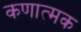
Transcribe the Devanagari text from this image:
कणात्मक